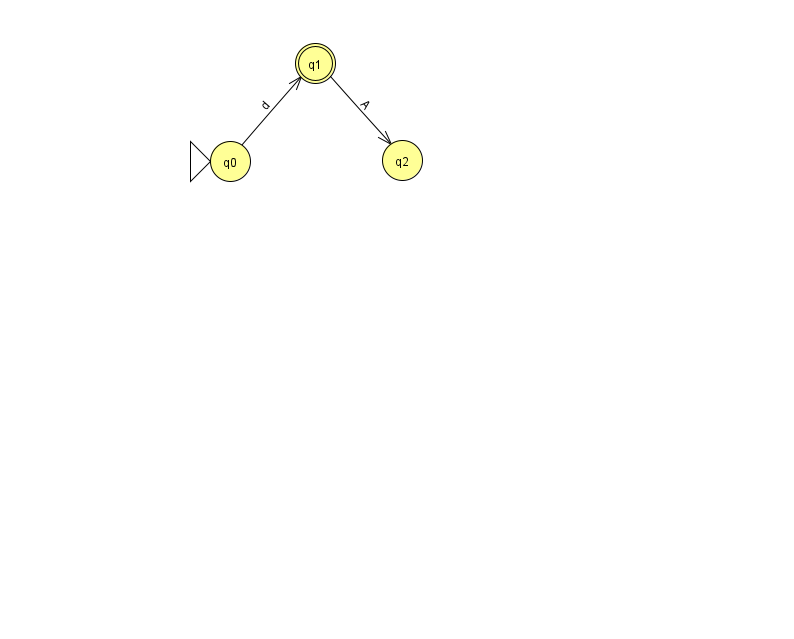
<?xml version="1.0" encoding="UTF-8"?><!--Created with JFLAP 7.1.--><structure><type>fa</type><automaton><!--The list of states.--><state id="0" name="q0"><x>230.0</x><y>148.0</y><initial/></state><state id="1" name="q1"><x>315.0</x><y>50.0</y><final/></state><state id="2" name="q2"><x>402.0</x><y>147.0</y></state><!--The list of transitions.--><transition><from>1</from><to>2</to><read>A</read></transition><transition><from>0</from><to>1</to><read>d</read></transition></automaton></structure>